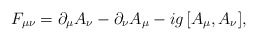
\begin{align*}F_{\mu\nu}=\partial_\mu A_\nu-\partial_\nu A_\mu-ig\,[A_\mu,A_\nu],\end{align*}